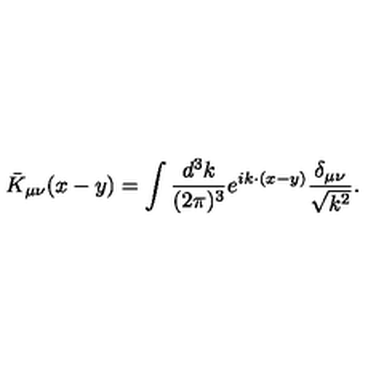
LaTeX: { \bar { K } } _ { \mu \nu } ( x - y ) = \int \frac { d ^ { 3 } k } { ( 2 \pi ) ^ { 3 } } e ^ { i k \cdot ( x - y ) } \frac { \delta _ { \mu \nu } } { \sqrt { k ^ { 2 } } } .